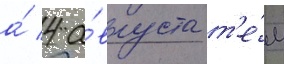
а́ 4 а́вгуста т'е́м